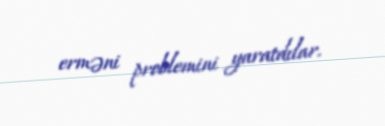
erməni problemini yaratdılar.